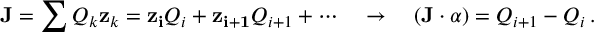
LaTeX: { \bf J } = \sum Q _ { k } { \bf z } _ { k } = { \bf z _ { i } } Q _ { i } + { \bf z _ { i + 1 } } Q _ { i + 1 } + \cdots \quad \to \quad ( { \bf J } \cdot \alpha ) = Q _ { i + 1 } - Q _ { i } \, .